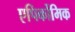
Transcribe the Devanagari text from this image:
एपिर्कोमिक